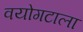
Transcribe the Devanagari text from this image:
वयोगटाला